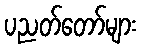
ပညတ်တော်များ